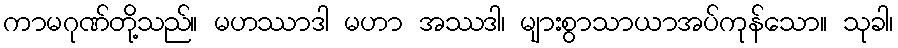
ကာမဂုဏ်တို့သည်။ မဟဿာဒါ မဟာ အဿဒါ၊ များစွာသာယာအပ်ကုန်သော။ သုခါ၊